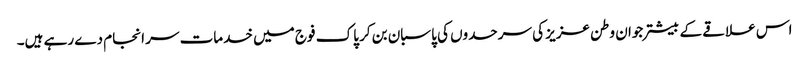
اس علاقے کے بیشتر جوان وطن عزیز کی سرحدوں کی پاسبان بن کر پاک فوج میں خدمات سر انجام دے رہے ہیں۔